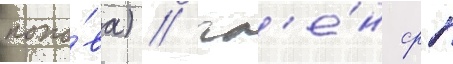
попо́ва) / чл'е́н срп